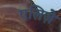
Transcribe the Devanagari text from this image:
एलिज़े